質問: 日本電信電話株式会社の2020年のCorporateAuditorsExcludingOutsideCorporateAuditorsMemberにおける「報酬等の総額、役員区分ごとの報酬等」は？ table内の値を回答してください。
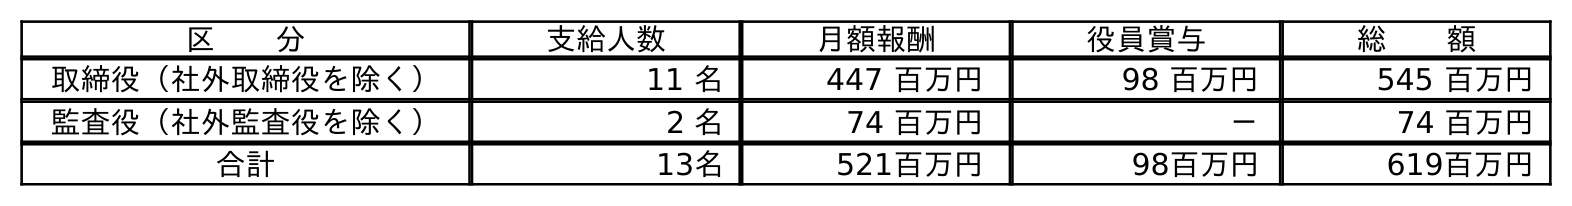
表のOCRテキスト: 区  分 支給人数 月額報酬 役員賞与 総  額 取締役（社外取締役を除く） 11 名 447 百万円 98 百万円 545 百万円 監査役（社外監査役を除く） 2 名 74 百万円 － 74 百万円 合計 13名 521百万円 98百万円 619百万円
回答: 74百万円